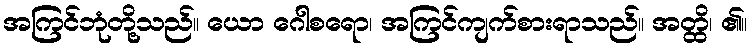
အကြင်ဘုံတို့သည်။ ယော ဂေါစရော၊ အကြင်ကျက်စားရာသည်။ အတ္ထိ၊ ၏။